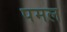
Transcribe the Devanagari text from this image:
पमल